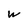
Character: W